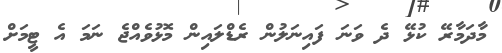
މާދަމާރޭ ކުޅޭ ދެ ވަނަ ފައިނަލުން ރެޑްލައިން މޮޅުވެއްޖެ ނަމަ އެ ޓީމަށް